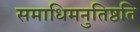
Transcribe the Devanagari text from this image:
समाधिमनुतिष्ठति